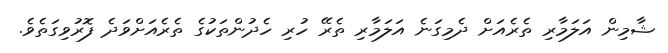
ޝާމިން އަލަމާރި ތެރެއަށް ދެމިގަނެ އަލަމާރި ތެރޭ ހުރި ހެދުންތަކުގެ ތެރެއަށްވަދެ ފޮރުވިގަތެވެ.